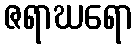
ဇရာဃရော